65_HS1-834228961_62-HQ-83894_Serial_130
Agency: FBI
Page 60
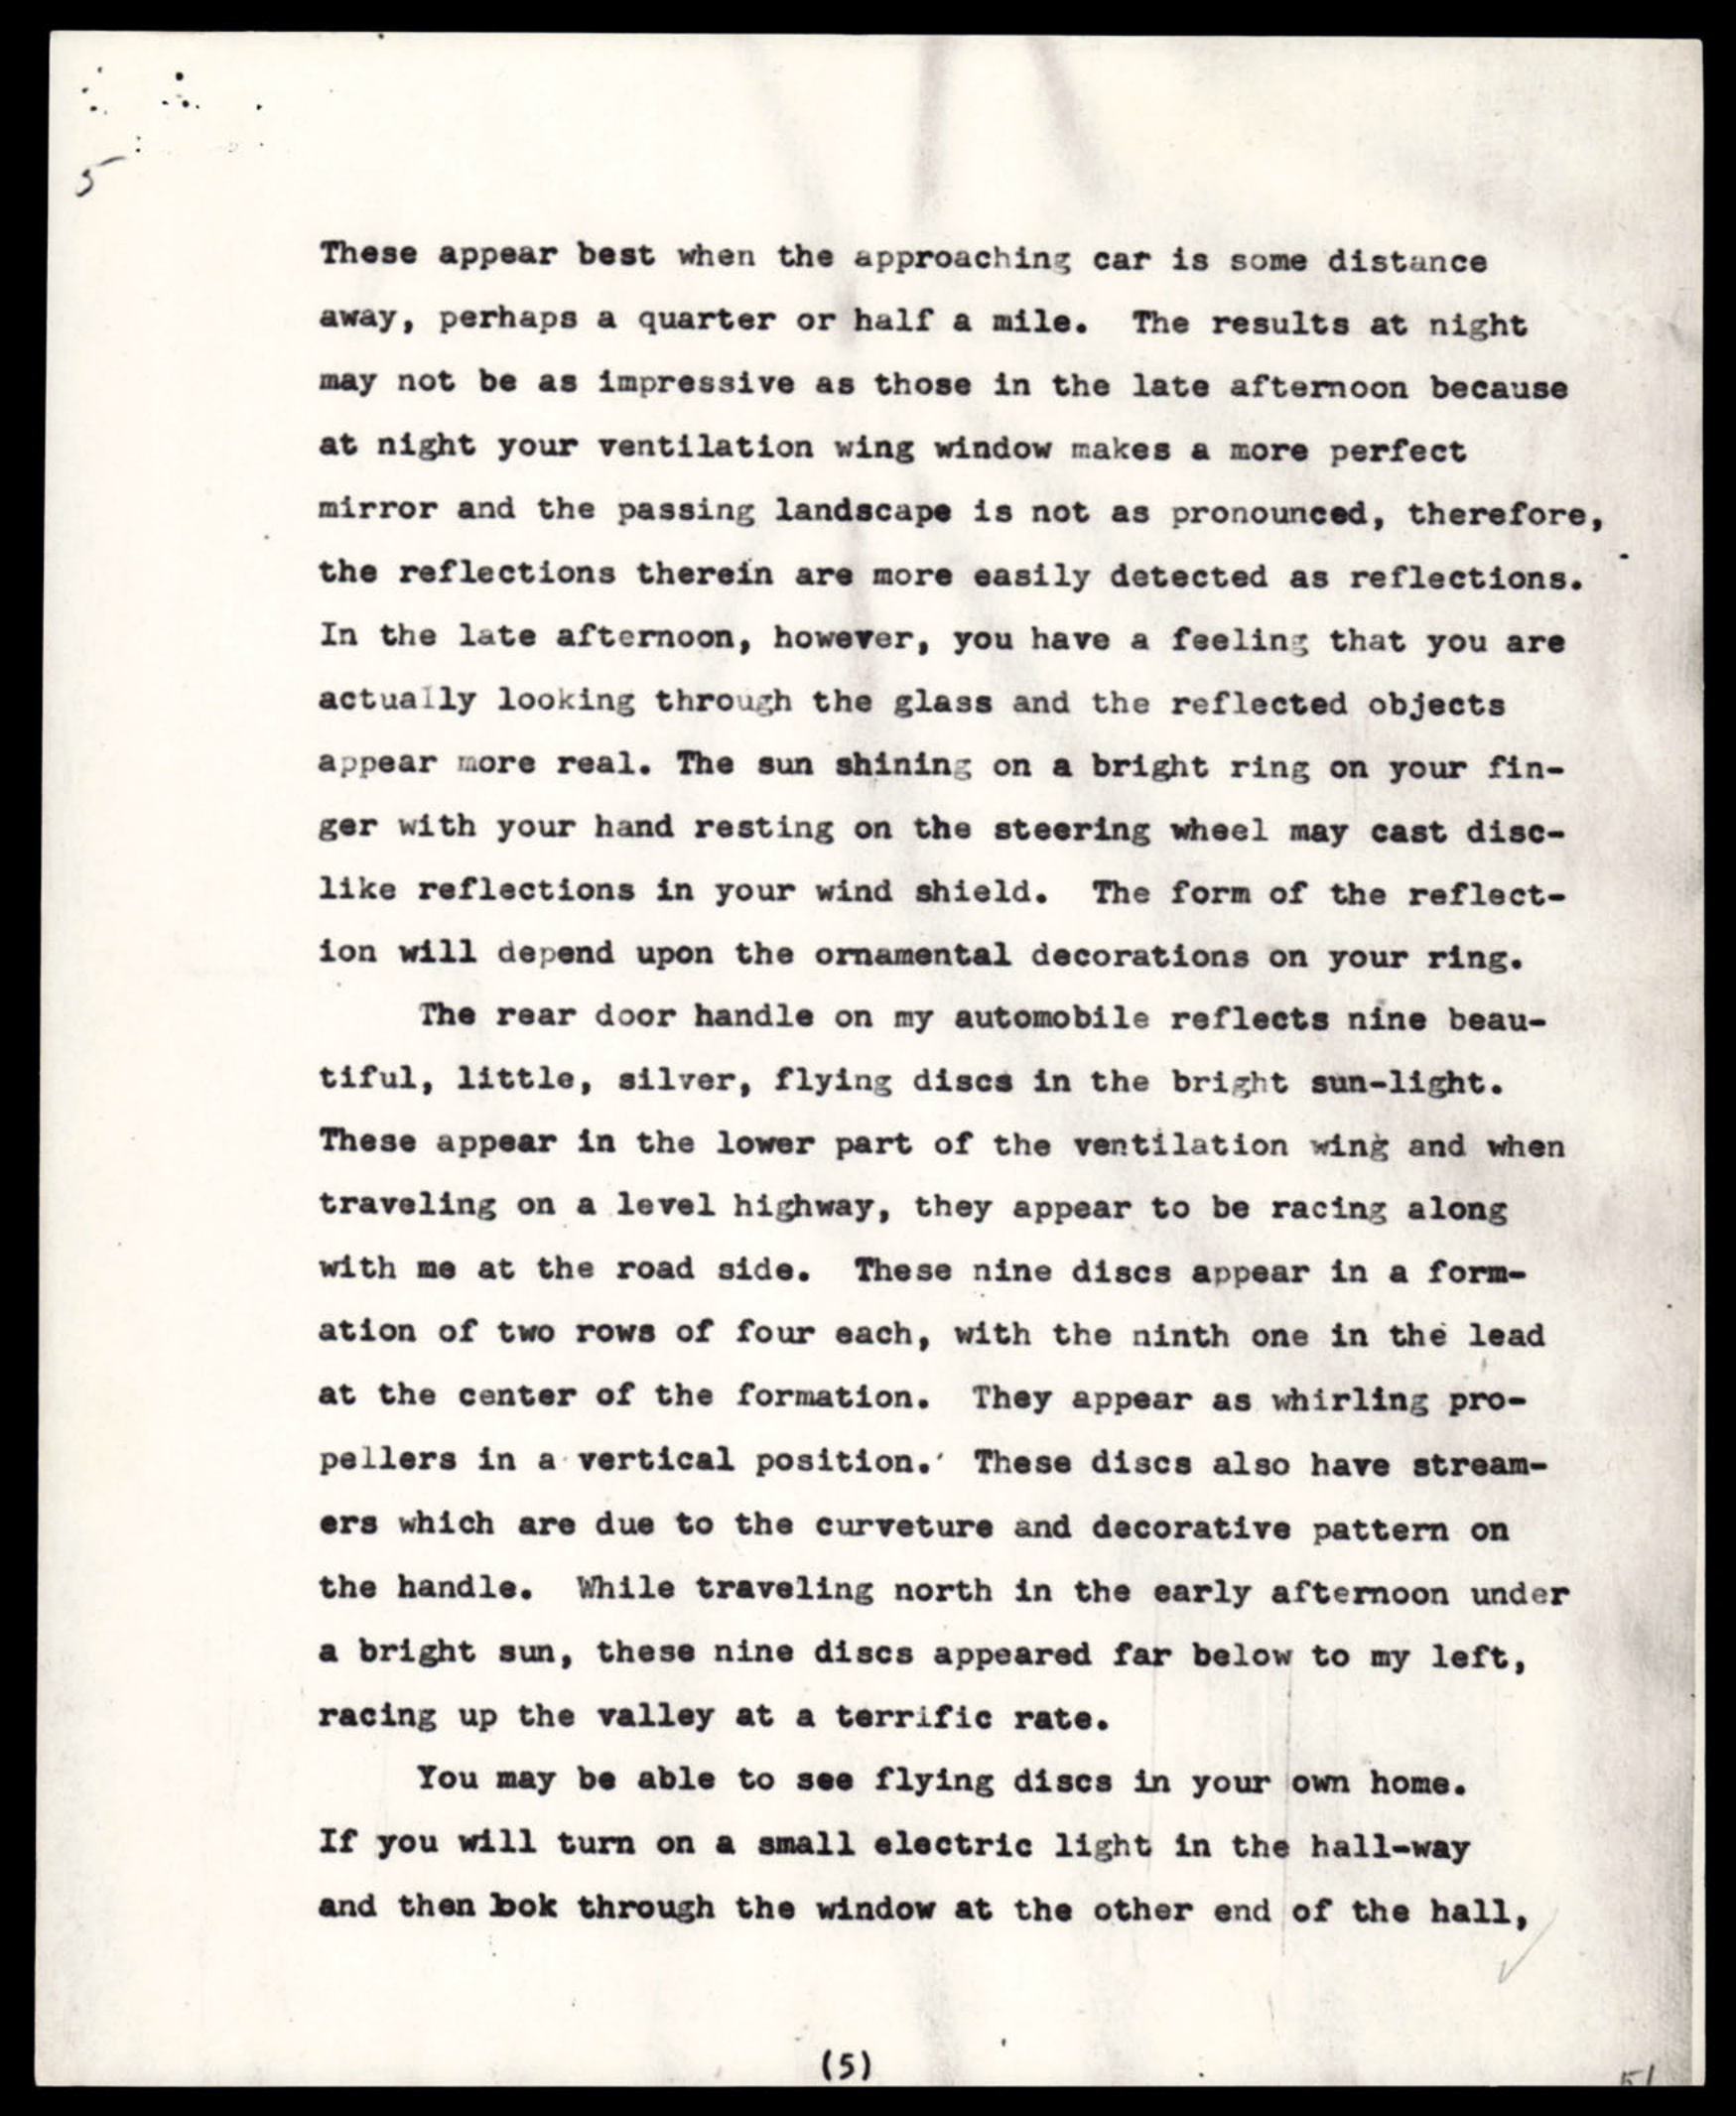